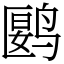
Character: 𬸘